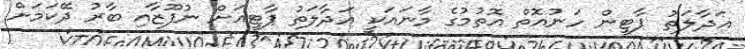
އަދާލަތު ޕާޓީން ހަނުއޮތް އޮތުމުގެ މާނައަކީ އަދާލަތު ޕާޓީއަށް ނުފޫޒާއި ބާރު ދޭކަމަށް